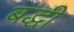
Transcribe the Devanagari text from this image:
बद्धी